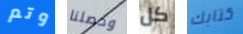
وتم وحصلنا كل كتابك